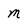
Character: m